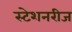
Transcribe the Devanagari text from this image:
स्टेशनरीज